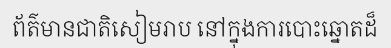
ព័ត៌មានជាតិសៀមរាប នៅក្នុងការបោះឆ្នោតដ៏